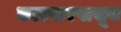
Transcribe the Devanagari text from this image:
कारवारपासून